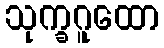
သုက္ခဂူထော